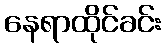
နေရာထိုင်ခင်း